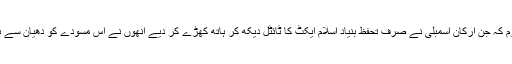
مجھے نہیں معلوم کہ جن ارکانِ اسمبلی نے صرف تحفظِ بنیادِ اسلام ایکٹ کا ٹائٹل دیکھ کر ہاتھ کھڑے کر دیے انھوں نے اس مسودے کو دھیان سے بھی پڑھا یا نہیں۔